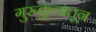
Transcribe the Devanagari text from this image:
गुरूकुलातून